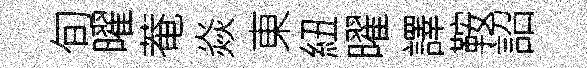
旬曜菴焱東紐曜譯鞍詔